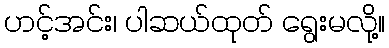
ဟင့်အင်း၊ ပါဆယ်ထုတ် ရွေးမလို့။